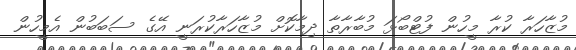
މުޒާހަރާ ކުރާ މީހުން ފުޓްބޯޅަ މުބާރާތާ ދިމާކޮށް މުޒާހަރާކުރަނީ އޭގެ ސަބަބުން އެމީހުން